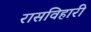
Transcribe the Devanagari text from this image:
रासविहारी